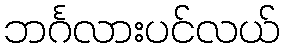
ဘင်္ဂလားပင်လယ်